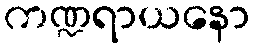
ကဏ္ဍရာယနော